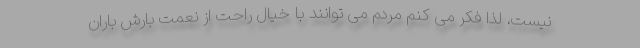
نیست، لذا فکر می کنم مردم می توانند با خیال راحت از نعمت بارش باران